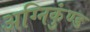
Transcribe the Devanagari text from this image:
अग्निकुंण्ड